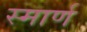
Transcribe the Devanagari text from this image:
स्मार्ण